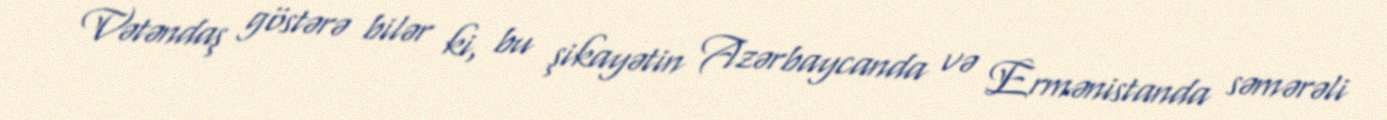
Vətəndaş göstərə bilər ki, bu şikayətin Azərbaycanda və Ermənistanda səmərəli